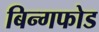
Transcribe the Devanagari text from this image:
बिन्गफोड